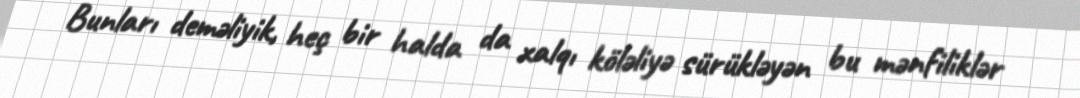
Bunları deməliyik, heç bir halda da xalqı köləliyə sürükləyən bu mənfiliklər